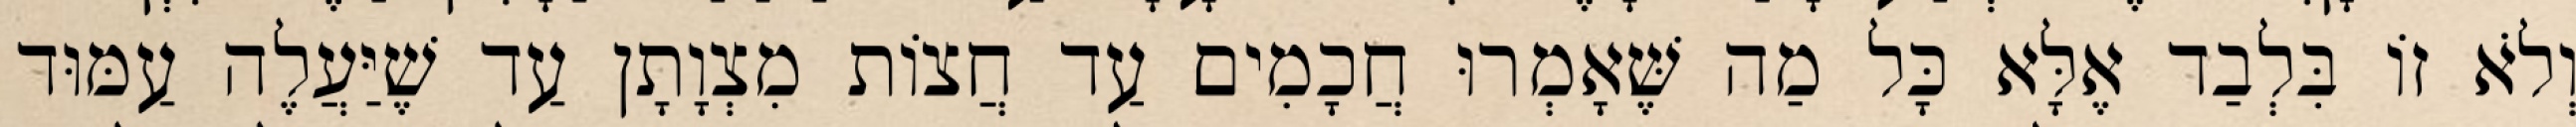
וְלֹא זוֹ בִּלְבַד אֶלָּא כָּל מַה שֶּׁאָמְרוּ חֲכָמִים עַד חֲצוֹת מִצְוָתָן עַד שֶׁיַּעֲלֶה עַמּוּד